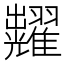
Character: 𮋚